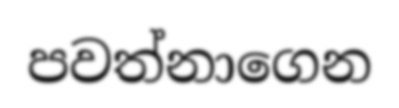
පවත්නාගෙන